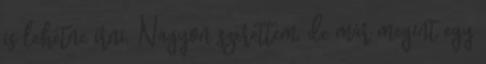
is lehetne írni. Nagyon szerettem, de már megint egy